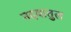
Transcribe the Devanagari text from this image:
नदवातुल